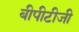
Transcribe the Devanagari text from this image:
बीपीटीजी